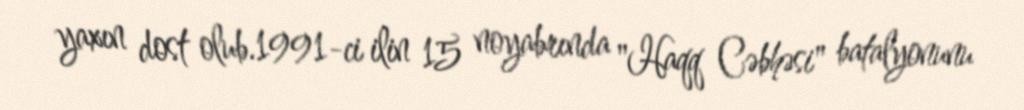
yaxın dost olub.1991-ci ilin 15 noyabrında "Haqq Cəbhəsi" batalyonunu